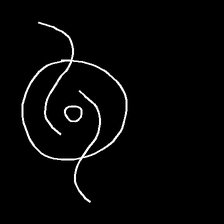
Glyph: repetition